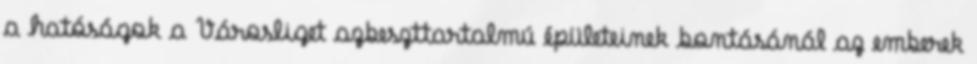
a hatóságok a Városliget azbeszttartalmú épületeinek bontásánál az emberek